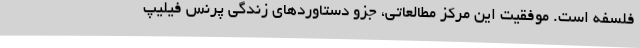
فلسفه است. موفقیت این مرکز مطالعاتی، جزو دستاوردهای زندگی پرنس فیلیپ